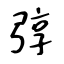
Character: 弴